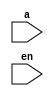
/*
 * Copyright 2018-2024 ISP RAS (http://www.ispras.ru)
 *
 * Licensed under the Apache License, Version 2.0 (the "License");
 * you may not use this file except in compliance with the License.
 * You may obtain a copy of the License at
 *
 *     http://www.apache.org/licenses/LICENSE-2.0
 *
 * Unless required by applicable law or agreed to in writing, software
 * distributed under the License is distributed on an "AS IS" BASIS,
 * WITHOUT WARRANTIES OR CONDITIONS OF ANY KIND, either express or implied.
 * See the License for the specific language governing permissions and
 * limitations under the License.
 */

// IEEE Std 1364-2005
//   9. Behavioral modeling
//     9.7 Procedural timing controls
//       9.7.4 Event or operator
//         Nets and variables that appear on the right-hand side of assignments, in function and
//         task calls, in case and conditional expressions, as an index variable on the left-hand
//         side of assignments, or as variables in case item expressions shall all be included by
//         these rules.

module test(a, en);

  input a, en;
  reg [7 : 0] y;

  always @* begin // same as @(a or en)
    y = 8'hff;
    y[a] = !en;
  end
endmodule